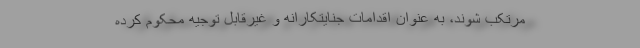
مرتکب شوند، به عنوان اقدامات جنایتکارانه و غیرقابل توجیه محکوم کرده